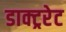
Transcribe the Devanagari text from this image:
डाक्ट्ररेट